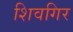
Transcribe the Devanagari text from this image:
शिवगिर